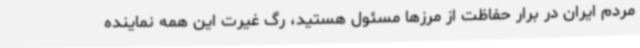
مردم ایران در برار حفاظت از مرزها مسئول هستید، رگ غیرت این همه نماینده